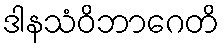
ဒါနသံဝိဘာဂေတိ